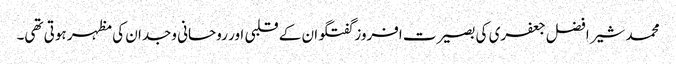
محمد شیر افضل جعفری کی بصیرت افروز گفتگو ان کے قلبی اور روحانی وجدان کی مظہر ہوتی تھی۔